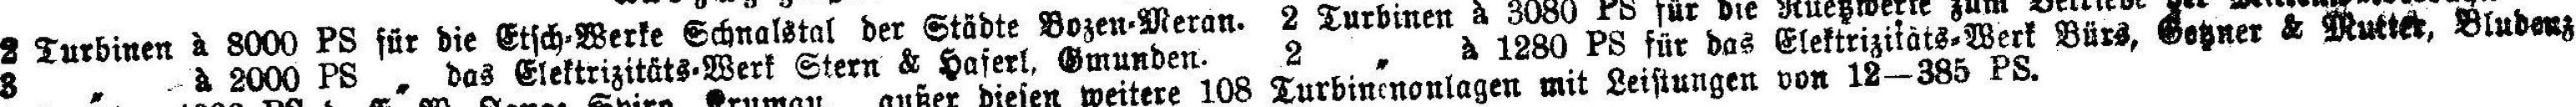
8 „ à 2000 PS „ das Elektrizitäts-Werk Stern & Haferl. Gmunden. 2 „ à 1280 PS für das Elektrizitäts-Werk Bürs, Gotzner & Mutter, Bludenz